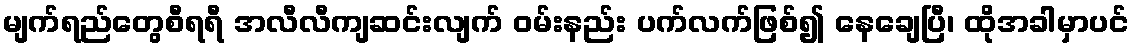
မျက်ရည်တွေစီရရီ အလီလီကျဆင်းလျက် ဝမ်းနည်း ပက်လက်ဖြစ်၍ နေချေပြီ၊ ထိုအခါမှာပင်